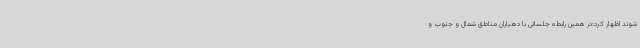
شوند اظهار کرد:در همین رابطه جلساتی با دهیاران مناطق شمال و جنوب و